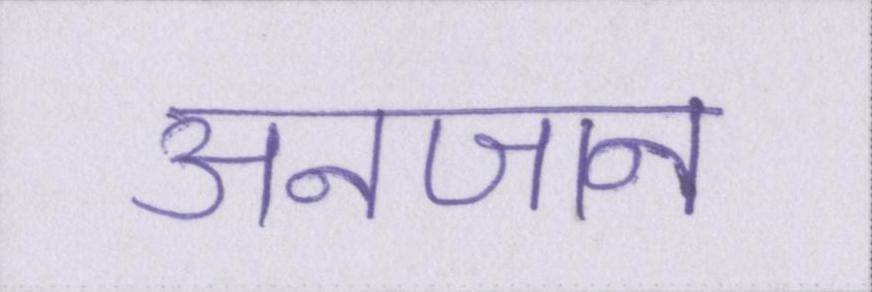
अनजान